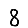
Digit: 8